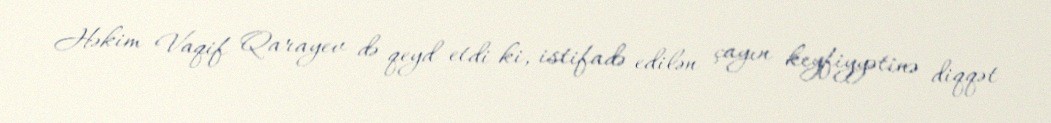
Həkim Vaqif Qarayev də qeyd etdi ki, istifadə edilən çayın keyfiyyətinə diqqət